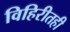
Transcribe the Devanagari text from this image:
विहिरीतही